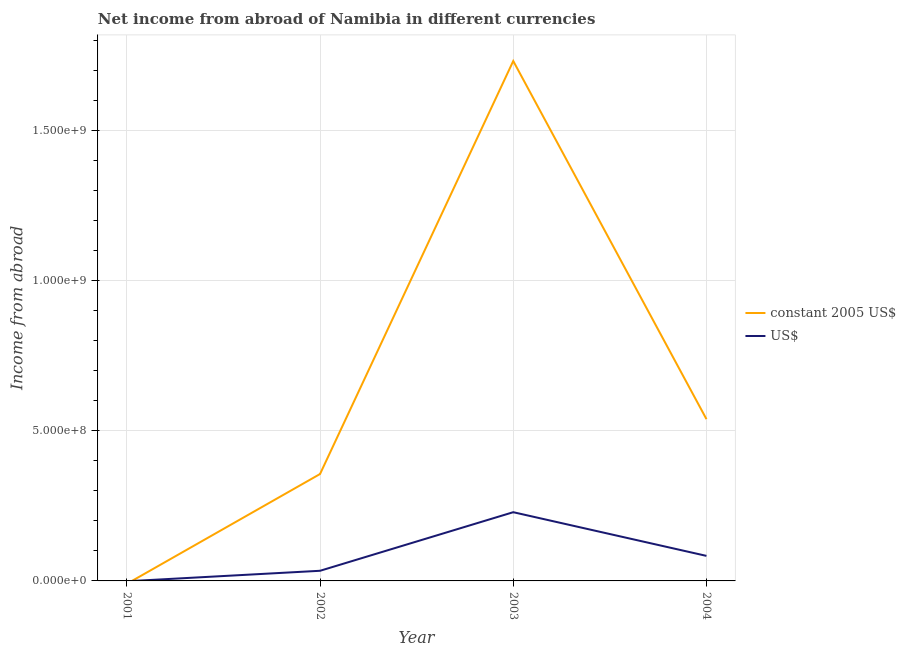
| Year | constant 2005 US$ | US$ |
 | --- | --- | --- |
 | 2001 | -9.7e+06 | -1.13e+06 |
 | 2002 | 3.56e+08 | 3.38e+07 |
 | 2003 | 1.73e+09 | 2.29e+08 |
 | 2004 | 5.39e+08 | 8.34e+07 |